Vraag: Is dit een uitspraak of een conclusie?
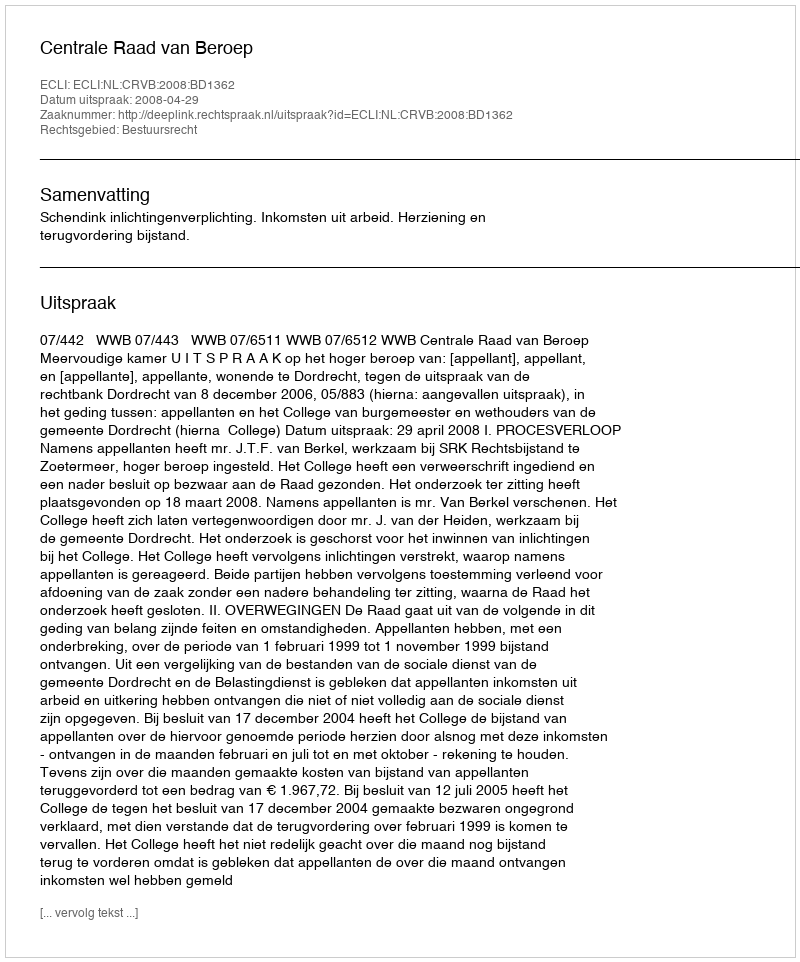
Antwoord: Uitspraak